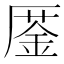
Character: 𠪜